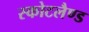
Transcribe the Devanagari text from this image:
स्कोटलैण्ड